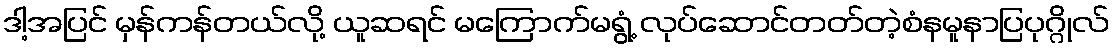
ဒါ့အပြင် မှန်ကန်တယ်လို့ ယူဆရင် မကြောက်မရွံ့ လုပ်ဆောင်တတ်တဲ့စံနမူနာပြပုဂ္ဂိုလ်